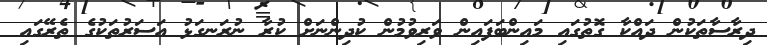
ދިރާސާތަކުން ދައްކާ ގޮތުގައި މައިންބަފައިން ވަރިވުމުން ކުދިންނަށް ކުރާ ނުރަނގަޅު އަސަރުތަކުގެ ތެރޭގައި